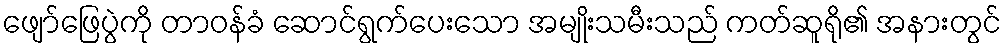
ဖျော်ဖြေပွဲကို တာဝန်ခံ ဆောင်ရွက်ပေးသော အမျိုးသမီးသည် ကတ်ဆူရို၏ အနားတွင်